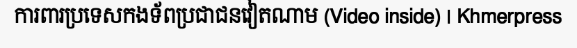
ការពារប្រទេសកងទ័ពប្រជាជនវៀតណាម (Video inside) | Khmerpress